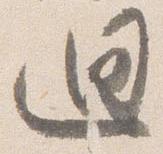
廻